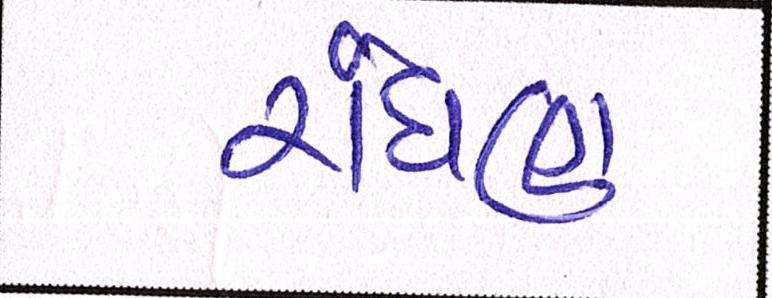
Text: રાંધણ